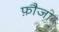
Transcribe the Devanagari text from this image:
फ़ौजा